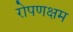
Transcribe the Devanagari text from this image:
रोपणक्षम